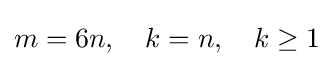
m=6n,\quad k=n,\quad k\geq 1